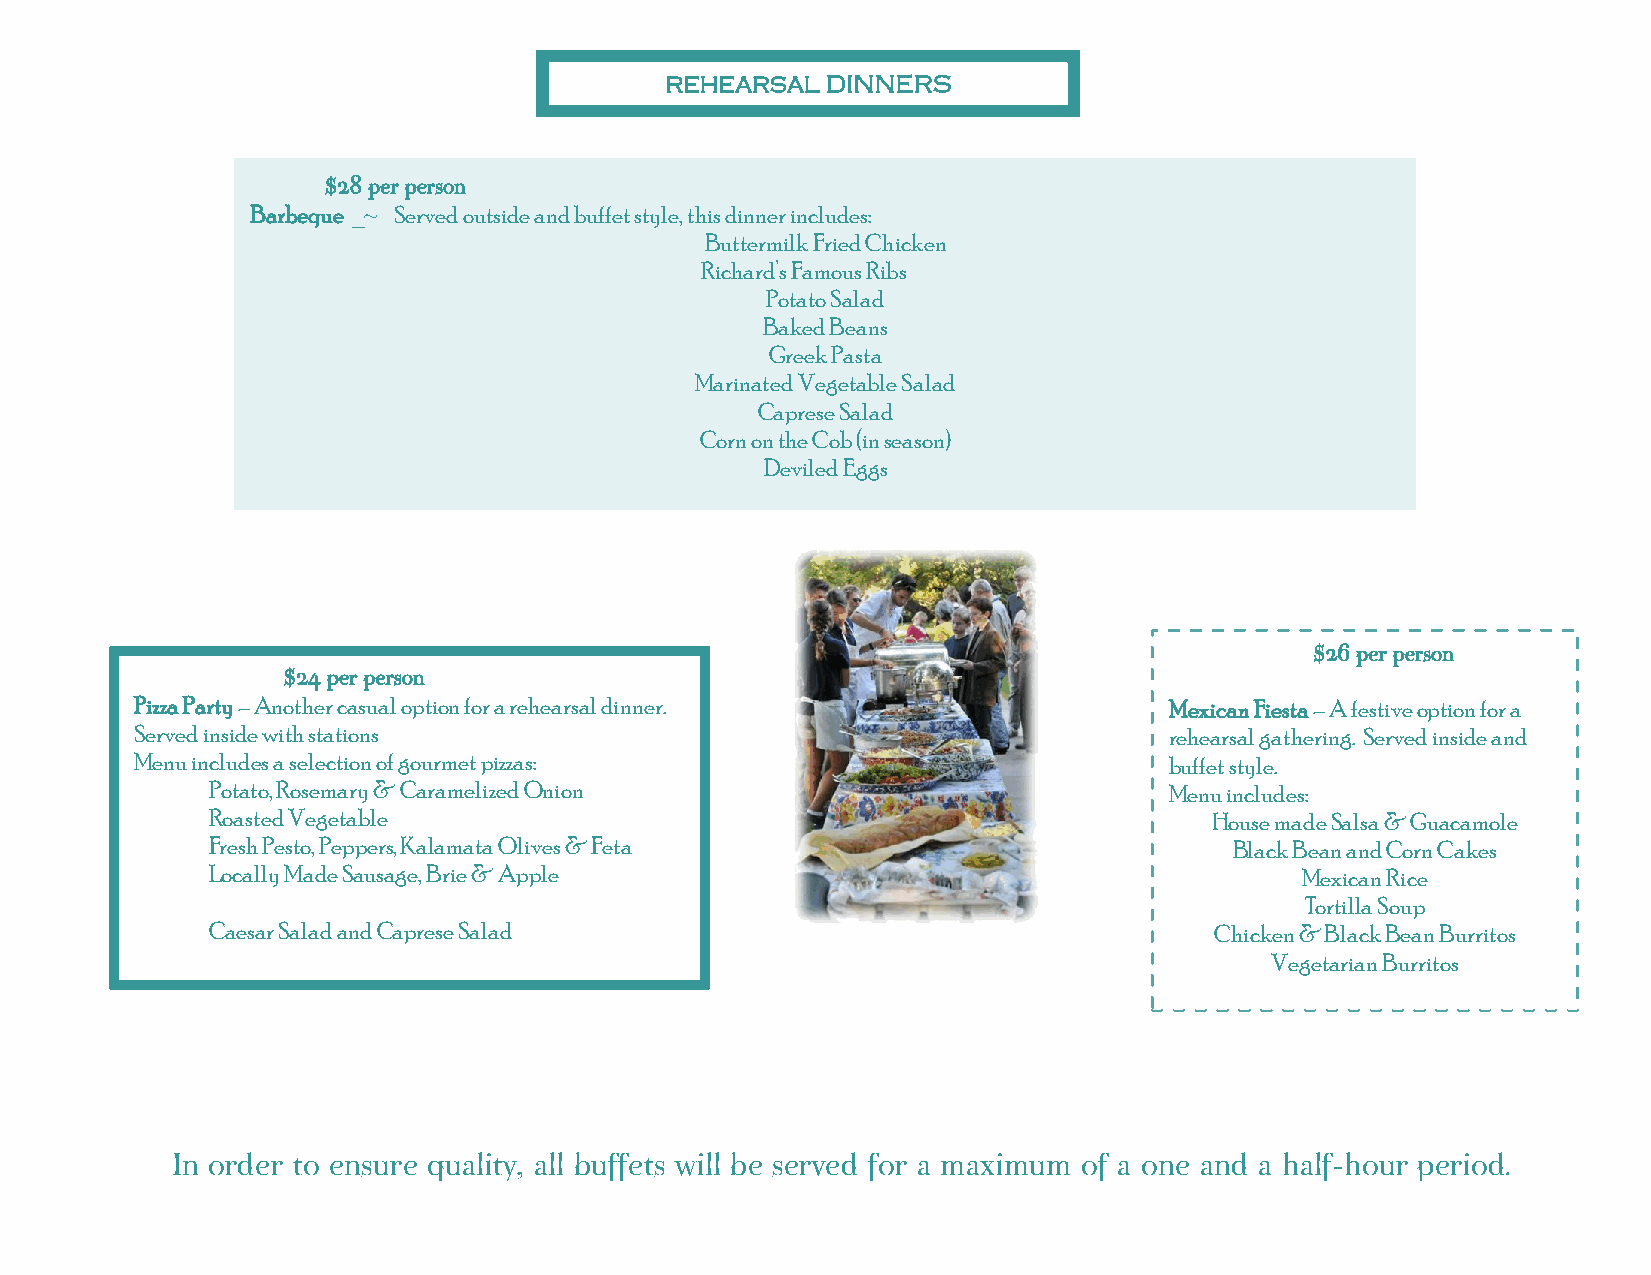
REHEARSAL  DINNERS
 $28 per person
 Barbeque _~ Served outside and buffet style, this dinner includes:
 Buttermilk Fried Chicken
 Richard’s Famous Ribs
 Potato Salad
 Baked Beans
 Greek Pasta
 Marinated Vegetable Salad
 Caprese Salad
 Corn on the Cob (in season)
 Deviled Eggs
 $26 per person
 $24 per person
 Pizza Party – Another casual option for a rehearsal dinner.         Mexican Fiesta – A festive option for a
 Served inside with stations                                         rehearsal gathering. Served inside and
 Menu includes a selection of gourmet pizzas:                        buffet style.
 Potato, Rosemary & Caramelized Onion                           Menu includes:
 Roasted Vegetable                                                 House made Salsa & Guacamole
 Fresh Pesto, Peppers, Kalamata Olives & Feta                        Black Bean and Corn Cakes
 Locally Made Sausage, Brie & Apple                                      Mexican Rice
 Tortilla Soup
 Caesar Salad and Caprese Salad                                    Chicken & Black Bean Burritos
 Vegetarian Burritos
 In order to ensure quality, all buffets will be served for a maximum of a one and a half-hour period.